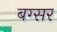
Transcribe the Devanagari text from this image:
बग्सर